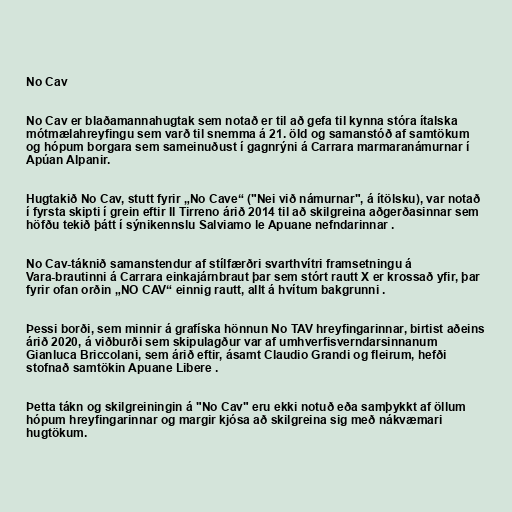
No Cav

No Cav er blaðamannahugtak sem notað er til að gefa til kynna stóra ítalska
mótmælahreyfingu sem varð til snemma á 21. öld og samanstóð af samtökum
og hópum borgara sem sameinuðust í gagnrýni á Carrara marmaranámurnar í
Apúan Alpanir.

Hugtakið No Cav, stutt fyrir „No Cave“ ("Nei við námurnar", á ítölsku), var notað
í fyrsta skipti í grein eftir Il Tirreno árið 2014 til að skilgreina aðgerðasinnar sem
höfðu tekið þátt í sýnikennslu Salviamo le Apuane nefndarinnar .

No Cav-táknið samanstendur af stílfærðri svarthvítri framsetningu á
Vara-brautinni á Carrara einkajárnbraut þar sem stórt rautt X er krossað yfir, þar
fyrir ofan orðin „NO CAV“ einnig rautt, allt á hvítum bakgrunni .

Þessi borði, sem minnir á grafíska hönnun No TAV hreyfingarinnar, birtist aðeins
árið 2020, á viðburði sem skipulagður var af umhverfisverndarsinnanum
Gianluca Briccolani, sem árið eftir, ásamt Claudio Grandi og fleirum, hefði
stofnað samtökin Apuane Libere .

Þetta tákn og skilgreiningin á "No Cav" eru ekki notuð eða samþykkt af öllum
hópum hreyfingarinnar og margir kjósa að skilgreina sig með nákvæmari
hugtökum.